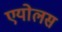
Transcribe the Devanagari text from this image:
एयोलस